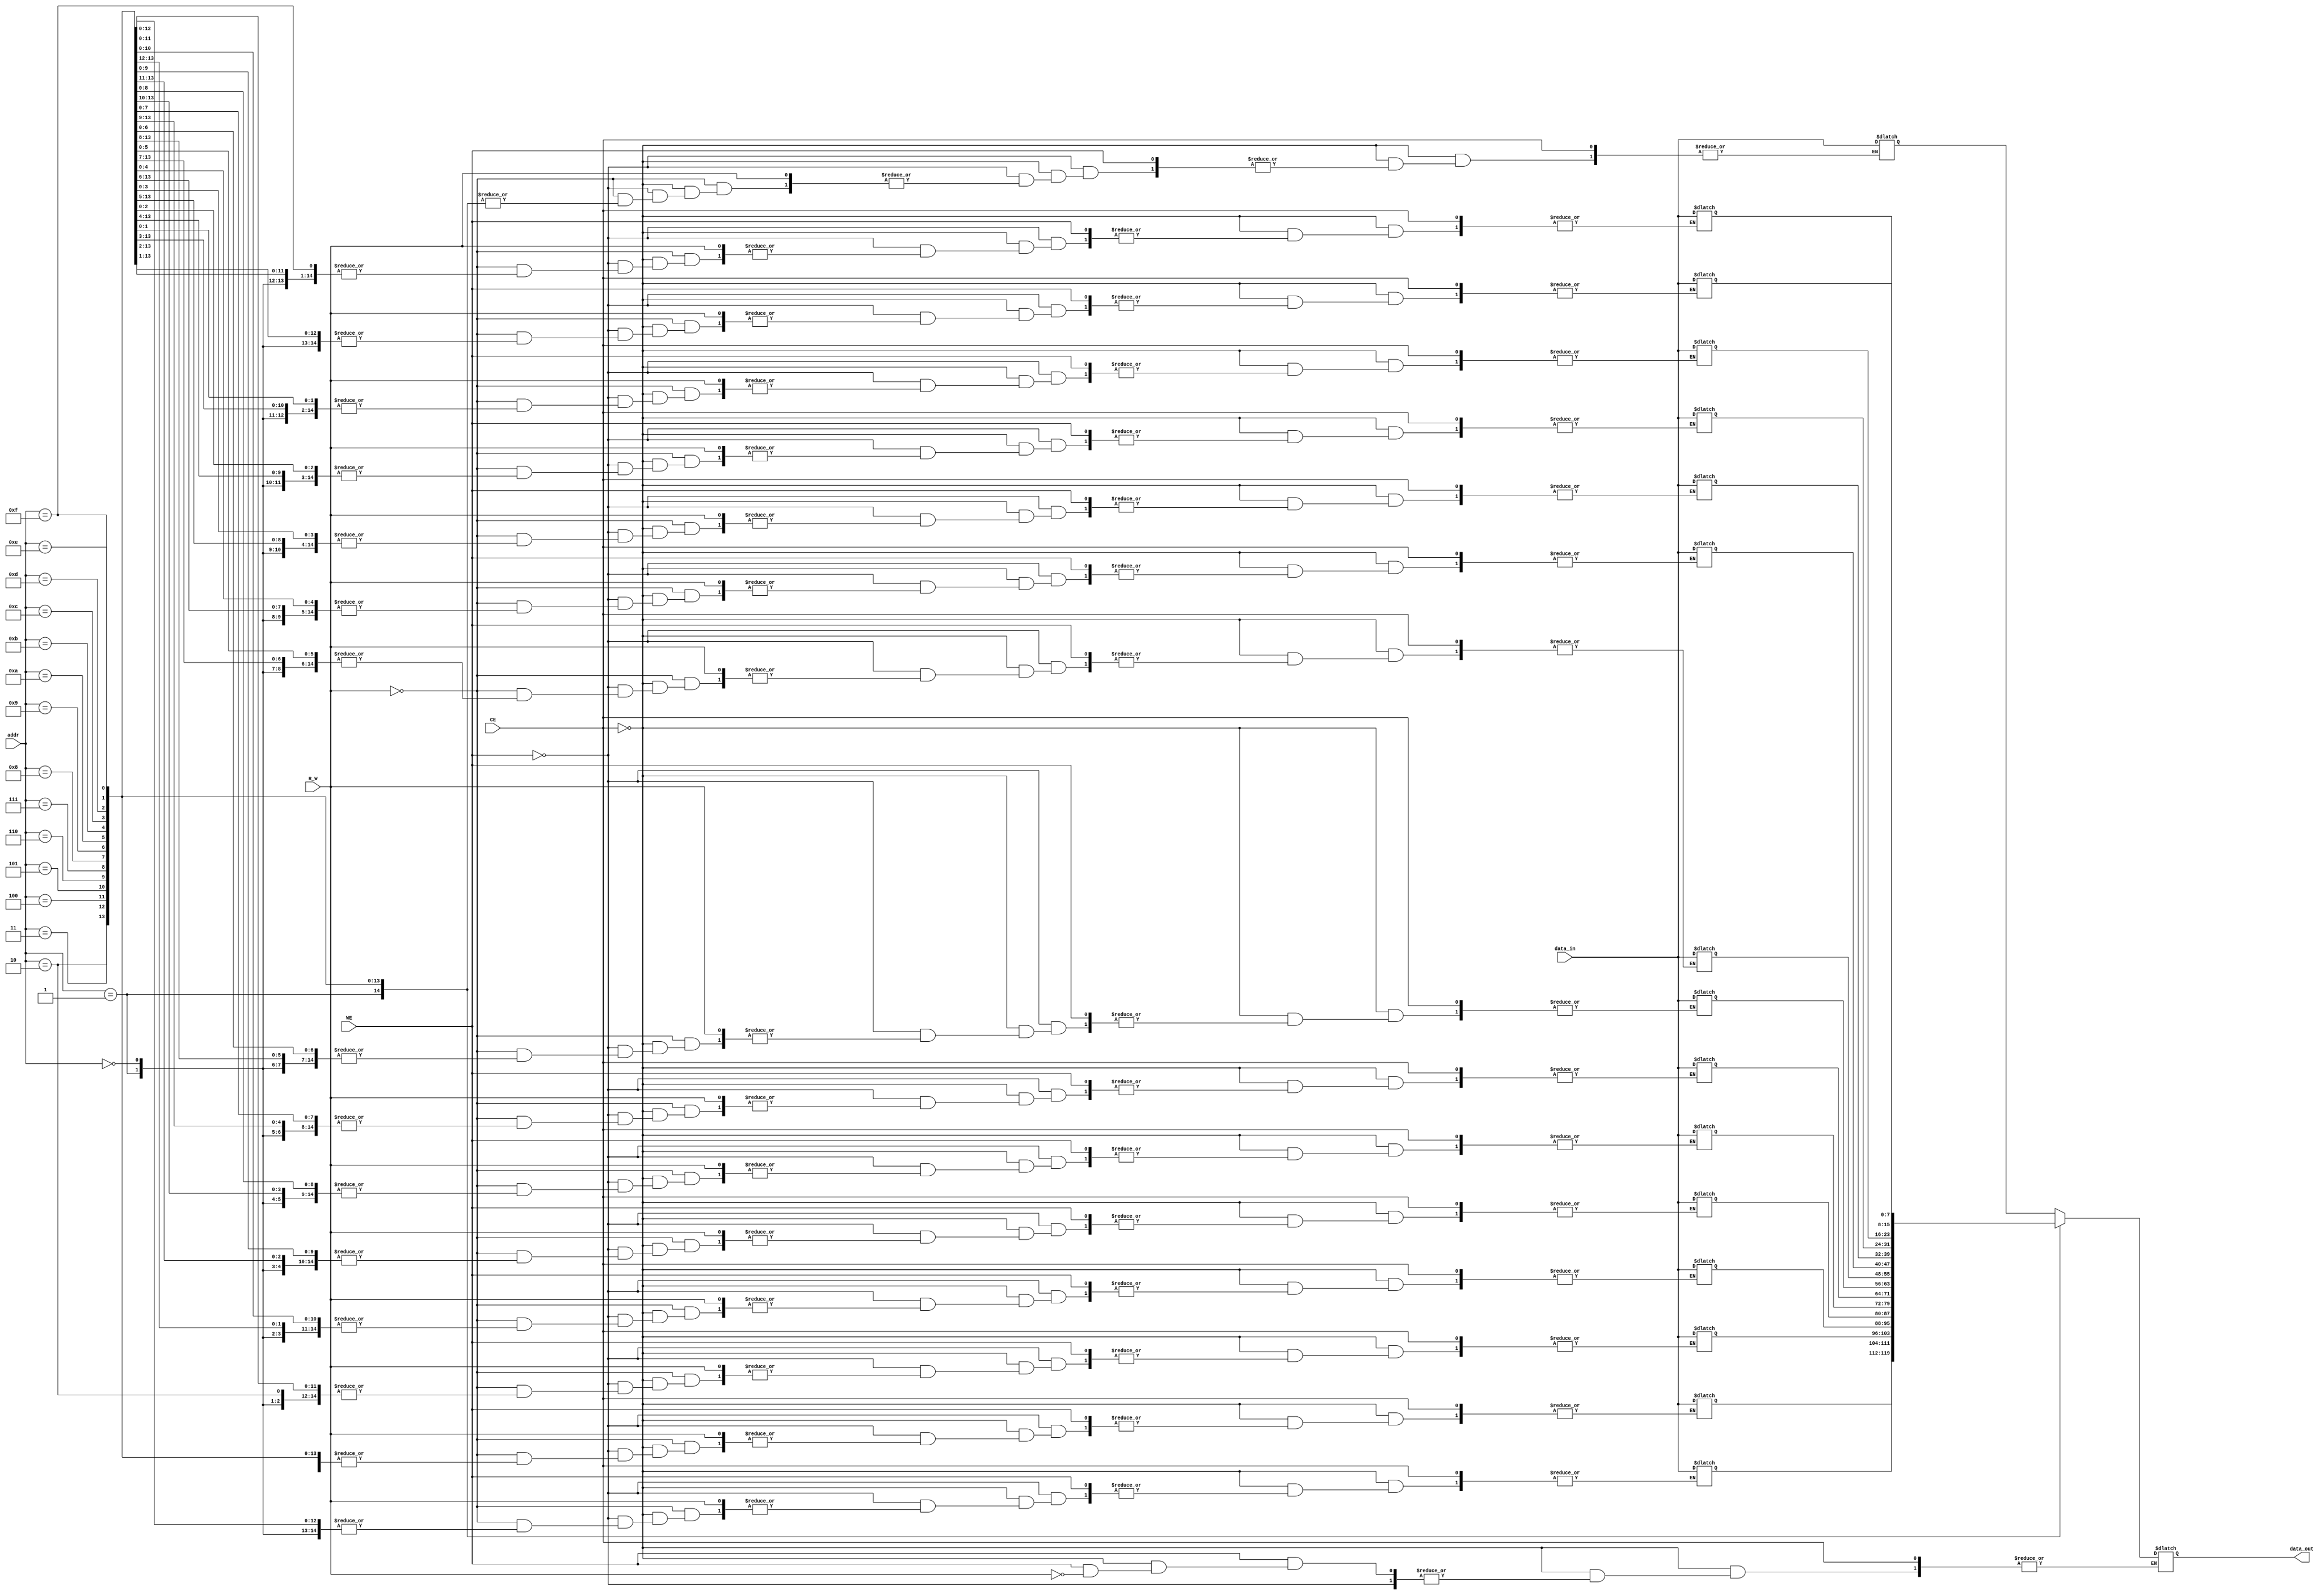
module async_sram #(
    parameter DATA_WIDTH = 8, // Data width (number of bits per cell)
    parameter ADDR_WIDTH = 4,  // Address width (number of address lines)
    parameter MEM_SIZE = 16     // Number of memory cells (2^ADDR_WIDTH)
)(
    input wire                  CE,     // Chip Enable (active low)
    input wire                  WE,     // Write Enable (active low)
    input wire                  R_W,    // Read/Write control (1 for read, 0 for write)
    input wire [ADDR_WIDTH-1:0] addr,  // Address input
    input wire [DATA_WIDTH-1:0] data_in,// Data input for write operation
    output reg [DATA_WIDTH-1:0] data_out // Data output for read operation
);

    // Memory array declaration
    reg [DATA_WIDTH-1:0] memory [0:MEM_SIZE-1];

    // Asynchronous read/write operations
    always @(*) begin
        if (!CE) begin // If chip is enabled
            if (!WE) begin // If write enable is active (low)
                if (!R_W) begin // Write operation
                    memory[addr] = data_in; // Write data to memory
                end
            end else begin // Read operation
                if (R_W) begin // If read operation is selected
                    data_out = memory[addr]; // Read data from memory
                end
            end
        end
    end

endmodule